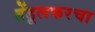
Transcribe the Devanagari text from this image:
तेंडूलकरचा